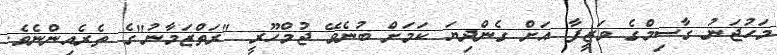
މަހުޖަނު ގާސިމްގެ ވަޒީފާ އަށް ގެންދިޔަ ކަމަށް ބުނެވޭ ޖުމްހޫރީ "ރަތްޒަމާނު"ގެ ތެރެއިންނެވެ.